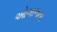
ઓગાળતા